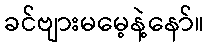
ခင်ဗျားမမေ့နဲ့နော်။